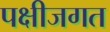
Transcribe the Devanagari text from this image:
पक्षीजगत